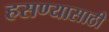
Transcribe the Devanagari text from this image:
हसण्यासाठी